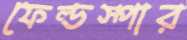
ফেল্ডস্পার